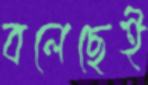
বলেছেই